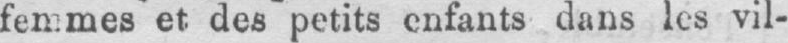
dans les vil-